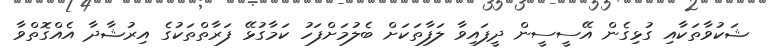
ޝަކުވާތަކާއި ގުޅިގެން އޭސީސީން ދީފައިވާ ލަފާތަކަށް ބެލުމަށްފަހު ކަމާގުޅޭ ފަރާތްތަކުގެ އިރުޝާދާ އެއްގޮތްވާ